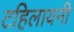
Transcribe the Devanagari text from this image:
टहिलायनी